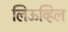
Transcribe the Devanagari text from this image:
लिऊव्हिल